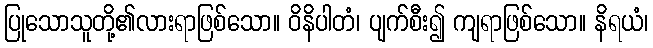
ပြုသောသူတို့၏လားရာဖြစ်သော။ ဝိနိပါတံ၊ ပျက်စီး၍ ကျရာဖြစ်သော။ နိရယံ၊